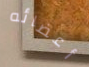
أعضائه